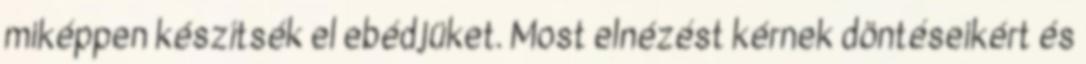
miképpen készítsék el ebédjüket. Most elnézést kérnek döntéseikért és